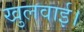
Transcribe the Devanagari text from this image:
खुलवाई।